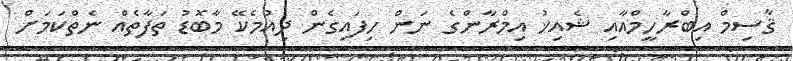
ޤާސިމް އިބްރާހީމްއާއި ޝެއިޚު އިމްރާންގެ ނަން ހިފައިގެން ދިއުމެކޭ މާބޮޑު ތަފާތެއް ނެތްކަމަށް